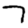
Digit: 7